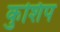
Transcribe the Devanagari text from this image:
कुशिप